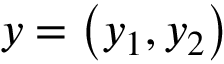
y = \left( y _ { 1 } , y _ { 2 } \right)